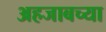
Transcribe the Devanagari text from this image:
अहजाबच्या